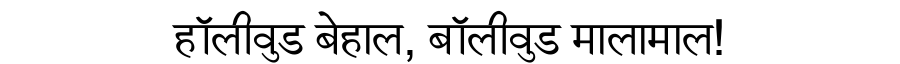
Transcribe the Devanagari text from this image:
हॉलीवुड बेहाल, बॉलीवुड मालामाल!